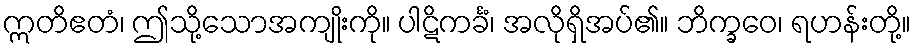
ဣတိဧတံ၊ ဤသို့သောအကျိုးကို။ ပါဋိကင်္ခံ၊ အလိုရှိအပ်၏။ ဘိက္ခဝေ၊ ရဟန်းတို့။